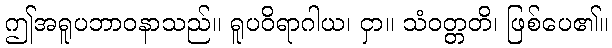
ဤအရူပဘာဝနာသည်။ ရူပဝိရာဂါယ၊ ငှာ။ သံဝတ္တတိ၊ ဖြစ်ပေ၏။